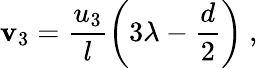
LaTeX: \mathbf{v}_{3}=\frac{{u_{3}}}{l}\left(3\lambda-\frac{{d}}{2}\right)~,